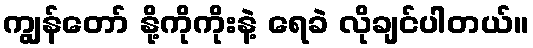
ကျွန်တော် နို့ကိုကိုးနဲ့ ရေခဲ လိုချင်ပါတယ်။